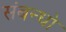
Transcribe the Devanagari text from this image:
संबन्धो